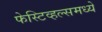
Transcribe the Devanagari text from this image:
फेस्टिव्हल्समध्ये